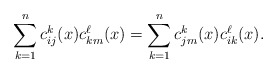
\begin{align*}\sum_{k=1}^n c_{ij}^k(x) c_{km}^\ell(x) = \sum_{k=1}^nc_{jm}^k(x)c_{ik}^\ell(x) .\end{align*}